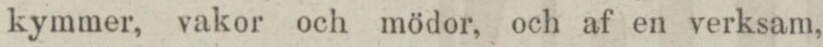
kymmer, vakor och mödor, och af en verksam,